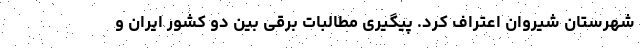
شهرستان شیروان اعتراف کرد. پیگیری مطالبات برقی بین دو کشور ایران و